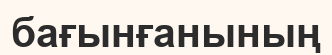
бағынғанының